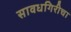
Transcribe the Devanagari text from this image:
सावधगिरीचा